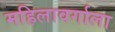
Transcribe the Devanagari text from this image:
महिलावर्गाला